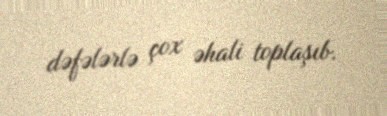
dəfələrlə çox əhali toplaşıb.